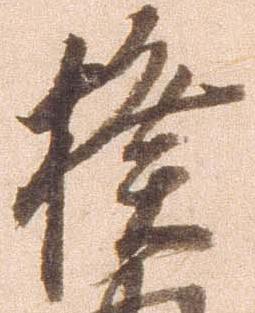
揆